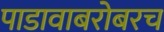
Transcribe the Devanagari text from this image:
पाडावाबरोबरच